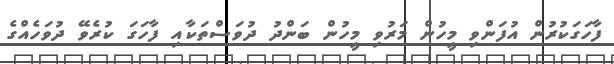
ފާހަގަކުރުން އުފަންވި މީހުން މަރުވި މީހުން ބަންދު ދުވަސްތަކާއި ފާހަގަ ކުރެވޭ ދުވަހެއްގެ